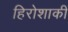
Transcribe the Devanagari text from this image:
हिरोशाकी